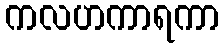
ကလဟကာရကာ